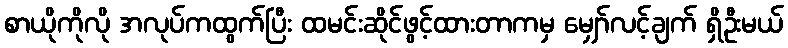
စာယိုကိုလို အလုပ်ကထွက်ပြီး ထမင်းဆိုင်ဖွင့်ထားတာကမှ မျှော်လင့်ချက် ရှိဦးမယ်